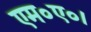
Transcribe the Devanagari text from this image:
एम०ए०।